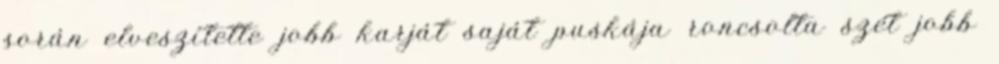
során elveszítette jobb karját saját puskája roncsolta szét jobb